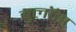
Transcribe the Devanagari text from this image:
बुलॉस